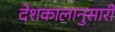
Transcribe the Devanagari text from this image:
देशकालानुसारी